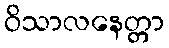
ဝိသာလနေတ္တာ